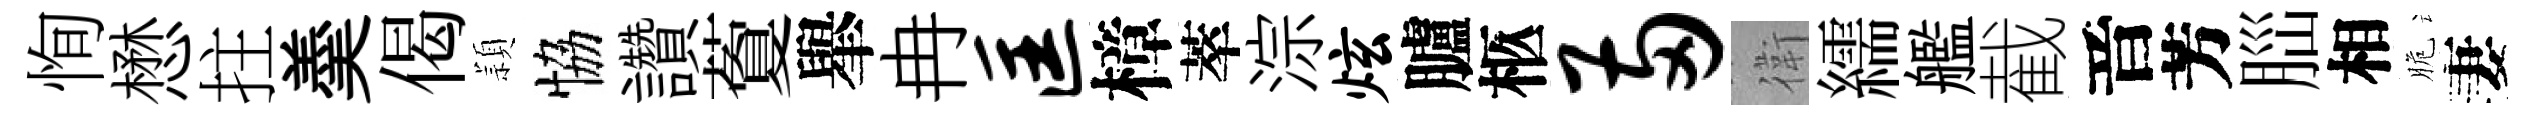
恂懋拄羮偈頴恊讚藑𦦙冉匡樟萃淙炫臚柩两衛繻艦截音芳𦛁相脆妻